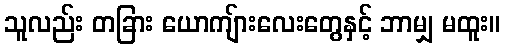
သူလည်း တခြား ယောကျ်ားလေးတွေနှင့် ဘာမျှ မထူး။